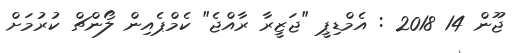
ޖޫން 14 2018 : އެމްޑިޕީ "ޖަޒީރާ ރާއްޖެ" ކެމްޕެއިން ލޯންޗް ކުރުމަށް